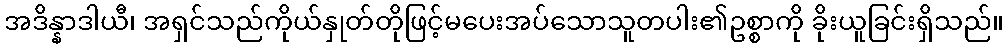
အဒိန္နာဒါယီ၊ အရှင်သည်ကိုယ်နှုတ်တိုဖြင့်မပေးအပ်သောသူတပါး၏ဥစ္စာကို ခိုးယူခြင်းရှိသည်။